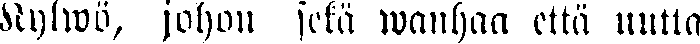
Kylwö, johon setä wanhaa että uutta